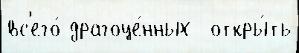
вс'его́ драгоце́нных  откры́ть